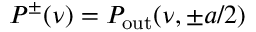
P ^ { \pm } ( \nu ) = P _ { \mathrm { o u t } } ( \nu , \pm a / 2 )